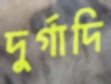
দুর্গাদি